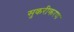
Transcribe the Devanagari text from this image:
सुकरीकरण